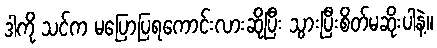
ဒါကို သင်က မပြောပြရကောင်းလားဆိုပြီး သွားပြီးစိတ်မဆိုးပါနဲ့။